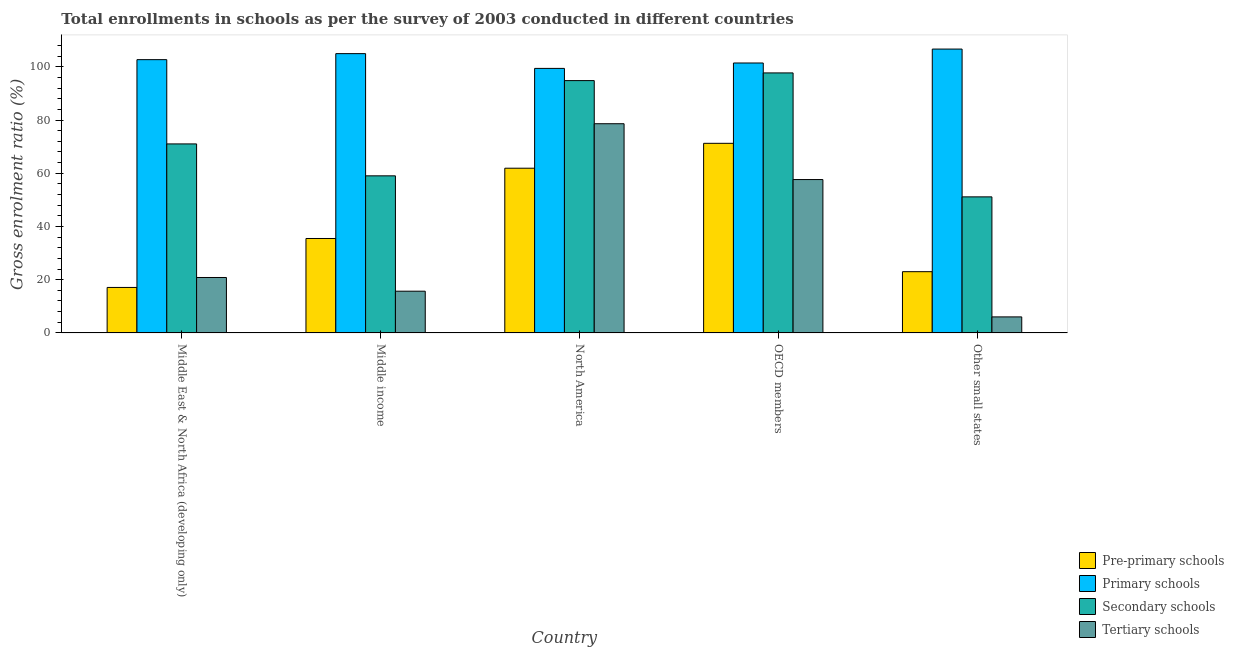
| Country | Pre-primary schools | Primary schools | Secondary schools | Tertiary schools |
 | --- | --- | --- | --- | --- |
 | Middle East & North Africa (developing only) | 17.1 | 103 | 71 | 20.8 |
 | Middle income | 35.5 | 105 | 59 | 15.7 |
 | North America | 61.9 | 99.4 | 94.8 | 78.6 |
 | OECD members | 71.2 | 101 | 97.7 | 57.6 |
 | Other small states | 23 | 107 | 51.1 | 6.02 |